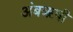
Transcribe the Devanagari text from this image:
अंबॠषी